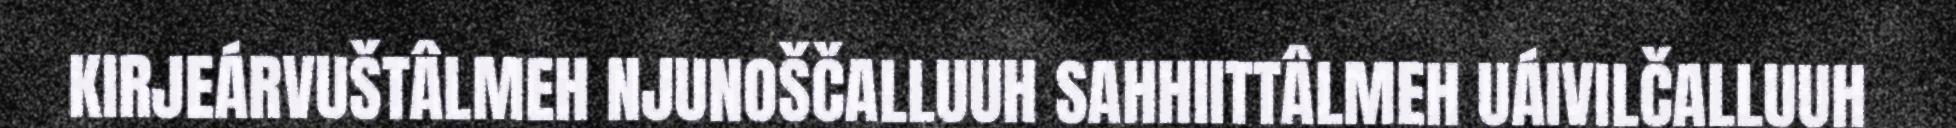
KIRJEÁRVUŠTÂLMEH NJUNOŠČALLUUH SAHHIITTÂLMEH UÁIVILČALLUUH